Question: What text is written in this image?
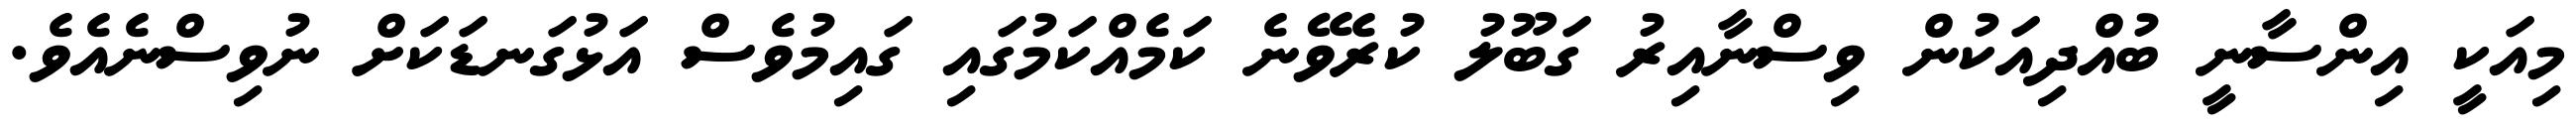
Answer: މިއަކީ އިންސާނީ ބުއްދިއަކުން ވިސްނާއިރު ގަބޫލު ކުރެވޭނެ ކަމެއްކަމުގައި ގައިމުވެސް އަޅުގަނޑަކަށް ނުވިސްނެއެވެ.